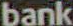
bank